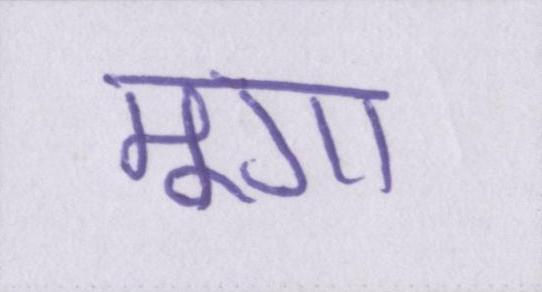
मूंगा